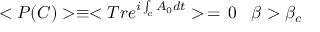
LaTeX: < P ( C ) > \equiv < T r e ^ { i \int _ { c } A _ { 0 } d t } > \, = \, 0 \; \; \; \beta > \beta _ { c }